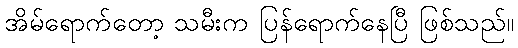
အိမ်ရောက်တော့ သမီးက ပြန်ရောက်နေပြီ ဖြစ်သည်။